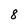
Character: 8